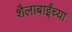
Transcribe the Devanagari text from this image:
शैलाबाईंच्या